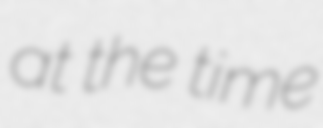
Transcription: at the time